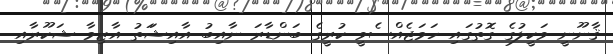
ޤާނޫނީ ވަކީލުގެ ގޮތުގައި ހަމަޖެއްސެވީ ކުރީގެ ބަންޑާރަ ނާއިބު އާއިޝަަތު އާޒިމާ ޝަކޫރާއި